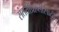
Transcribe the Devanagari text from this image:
संततीप्राप्तीसाठी